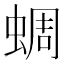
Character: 蜩